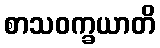
စာသဝက္ခယာတိ